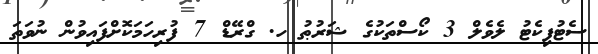
ސެޓުފިކެޓު ލެވެލް 3 ކޯސްތަކުގެ ޝަރުޠު ހ. ގްރޭޑް 7 ފުރިހަމަކޮށްފައިވުން ނުވަތަ